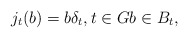
\begin{align*}j_t(b)=b\delta_t,t\in Gb\in B_t,\end{align*}